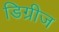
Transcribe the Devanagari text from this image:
डिग्रीज